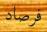
فرصاد